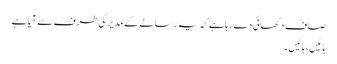
صاف دکھائی دے رہا ہے کہ یہ رسالے کے مدیر کی طرف سے آیا ہے
ہائیں ، ہائیں ۔